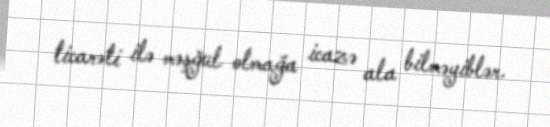
ticarəti ilə məşğul olmağa icazə ala bilməyiblər.